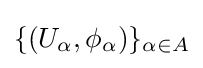
\{(U_{\alpha },\phi _{\alpha })\}_{\alpha \in A}